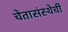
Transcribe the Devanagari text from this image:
चेतासंस्थेची